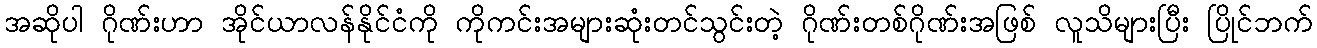
အဆိုပါ ဂိုဏ်းဟာ အိုင်ယာလန်နိုင်ငံကို ကိုကင်းအများဆုံးတင်သွင်းတဲ့ ဂိုဏ်းတစ်ဂိုဏ်းအဖြစ် လူသိများပြီး ပြိုင်ဘက်